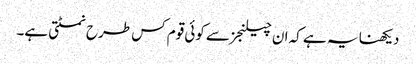
دیکھنا یہ ہے کہ ان چیلنجز سے کوئی قوم کس طرح نمٹتی ہے۔